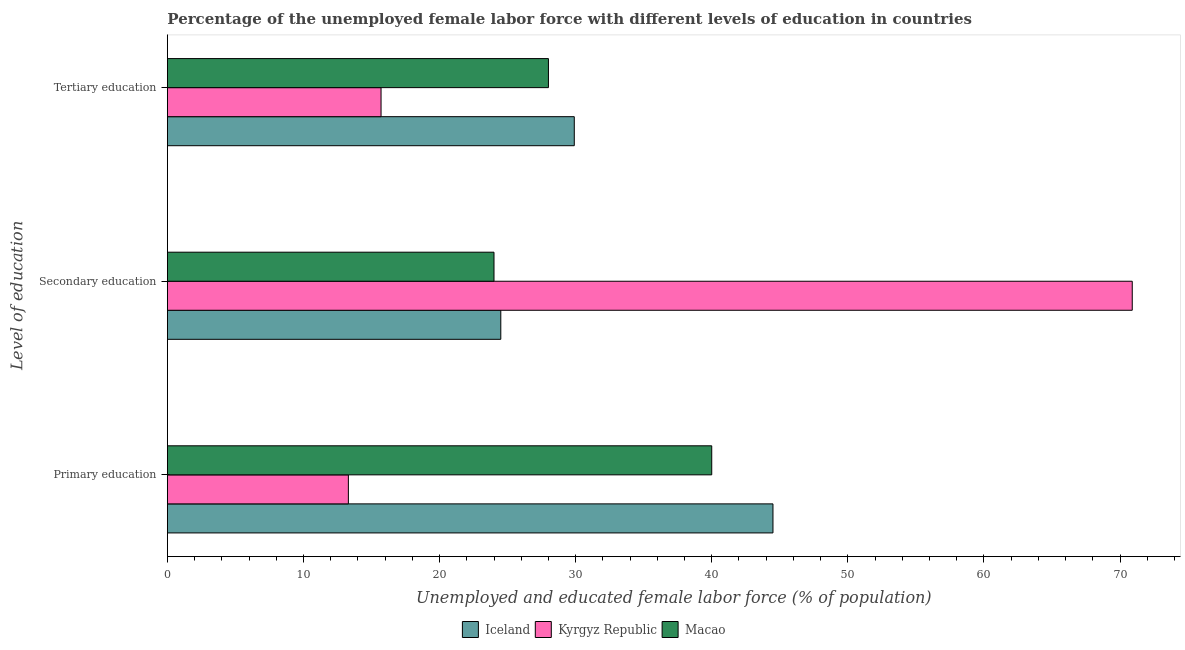
| Level of education | Iceland | Kyrgyz Republic | Macao |
 | --- | --- | --- | --- |
 | Primary education | 44.5 | 13.3 | 40 |
 | Secondary education | 24.5 | 70.9 | 24 |
 | Tertiary education | 29.9 | 15.7 | 28 |